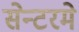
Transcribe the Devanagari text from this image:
सेन्टरमे